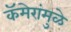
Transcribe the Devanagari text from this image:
कॅमेरांमुळे